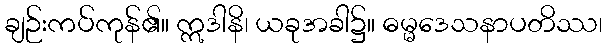
ချဉ်းကပ်ကုန်၏။ ဣဒါနိ၊ ယခုအခါ၌။ ဓမ္မဒေသနာပတိဿ၊